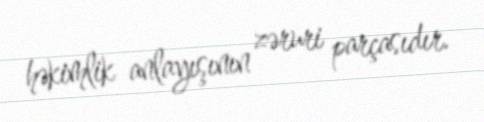
həkimlik anlayışının zəruri parçasıdır.